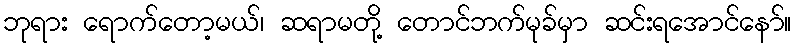
ဘုရား ရောက်တော့မယ်၊ ဆရာမတို့ တောင်ဘက်မုခ်မှာ ဆင်းရအောင်နော်။